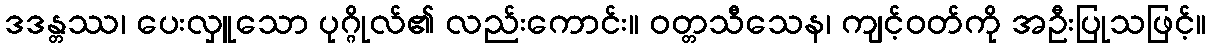
ဒဒန္တဿ၊ ပေးလှူသော ပုဂ္ဂိုလ်၏ လည်းကောင်း။ ဝတ္တသီသေန၊ ကျင့်ဝတ်ကို အဦးပြုသဖြင့်။